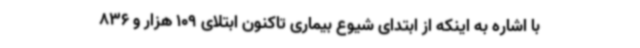
با اشاره به اینکه از ابتدای شیوع بیماری تاکنون ابتلای 109 هزار و 836